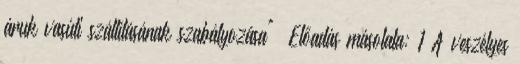
áruk vasúti szállításának szabályozása"— Előadás másolata: 1 A veszélyes